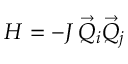
H = - J \, \vec { Q } _ { i } \vec { Q } _ { j }